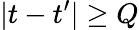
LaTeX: |t-t^{\prime}|\geq Q